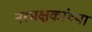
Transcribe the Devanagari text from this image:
नरभक्षकांच्या